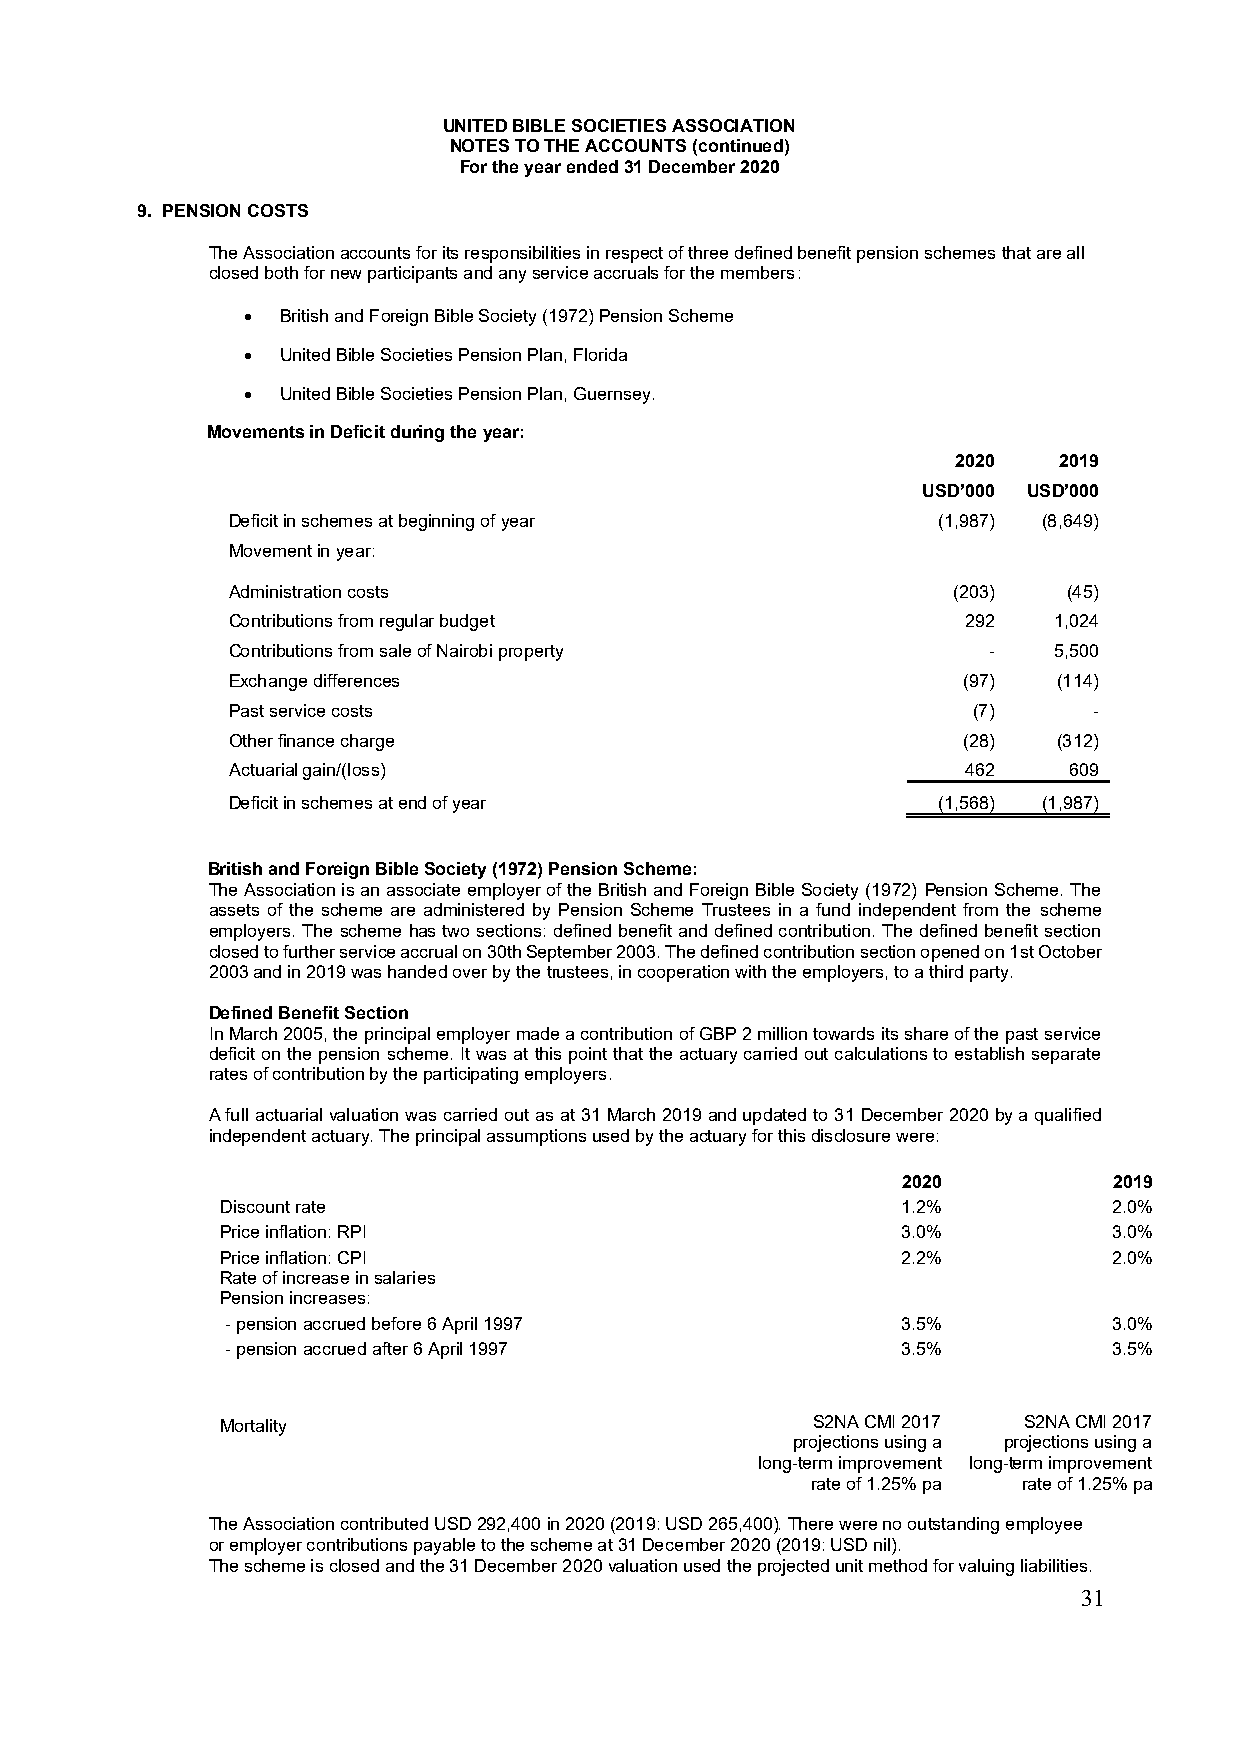
UNITED BIBLE SOCIETIES ASSOCIATION
 NOTES TO THE ACCOUNTS (continued)
 For the year ended 31 December 2020
 9. PENSION COSTS
 The Association accounts for its responsibilities in respect of three defined benefit pension schemes that are all
 closed both for new participants and any service accruals for the members:
 •  British and Foreign Bible Society (1972) Pension Scheme
 •  United Bible Societies Pension Plan, Florida
 •  United Bible Societies Pension Plan, Guernsey.
 Movements in Deficit during the year:
 2020   2019
 USD’000 USD’000
 Deficit in schemes at beginning of year        (1,987) (8,649)
 Movement in year:
 Administration costs                            (203)   (45)
 Contributions from regular budget                292   1,024
 Contributions from sale of Nairobi property       -    5,500
 Exchange differences                             (97)  (114)
 Past service costs                               (7)     -
 Other finance charge                             (28)  (312)
 Actuarial gain/(loss)                            462    609
 Deficit in schemes at end of year              (1,568) (1,987)
 British and Foreign Bible Society (1972) Pension Scheme:
 The Association is an associate employer of the British and Foreign Bible Society (1972) Pension Scheme. The
 assets of the scheme are administered by Pension Scheme Trustees in a fund independent from the scheme
 employers. The scheme has two sections: defined benefit and defined contribution. The defined benefit section
 closed to further service accrual on 30th September 2003. The defined contribution section opened on 1st October
 2003 and in 2019 was handed over by the trustees, in cooperation with the employers, to a third party.
 Defined Benefit Section
 In March 2005, the principal employer made a contribution of GBP 2 million towards its share of the past service
 deficit on the pension scheme. It was at this point that the actuary carried out calculations to establish separate
 rates of contribution by the participating employers.
 A full actuarial valuation was carried out as at 31 March 2019 and updated to 31 December 2020 by a qualified
 independent actuary. The principal assumptions used by the actuary for this disclosure were:
 2020          2019
 Discount rate                                1.2%          2.0%
 Price inflation: RPI                         3.0%          3.0%
 Price inflation: CPI                         2.2%          2.0%
 Rate of increase in salaries
 Pension increases:
 - pension accrued before 6 April 1997        3.5%          3.0%
 - pension accrued after 6 April 1997         3.5%          3.5%
 Mortality                              S2NA CMI 2017 S2NA CMI 2017
 projections using a projections using a
 long-term improvement long-term improvement
 rate of 1.25% pa rate of 1.25% pa
 The Association contributed USD 292,400 in 2020 (2019: USD 265,400). There were no outstanding employee
 or employer contributions payable to the scheme at 31 December 2020 (2019: USD nil).
 The scheme is closed and the 31 December 2020 valuation used the projected unit method for valuing liabilities.
 31